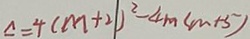
\Delta = 4 ( m + 2 ) ^ { 2 } - 4 m ( m + 5 )